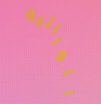
الوراثية